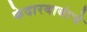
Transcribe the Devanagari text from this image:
केदारबाबांचे